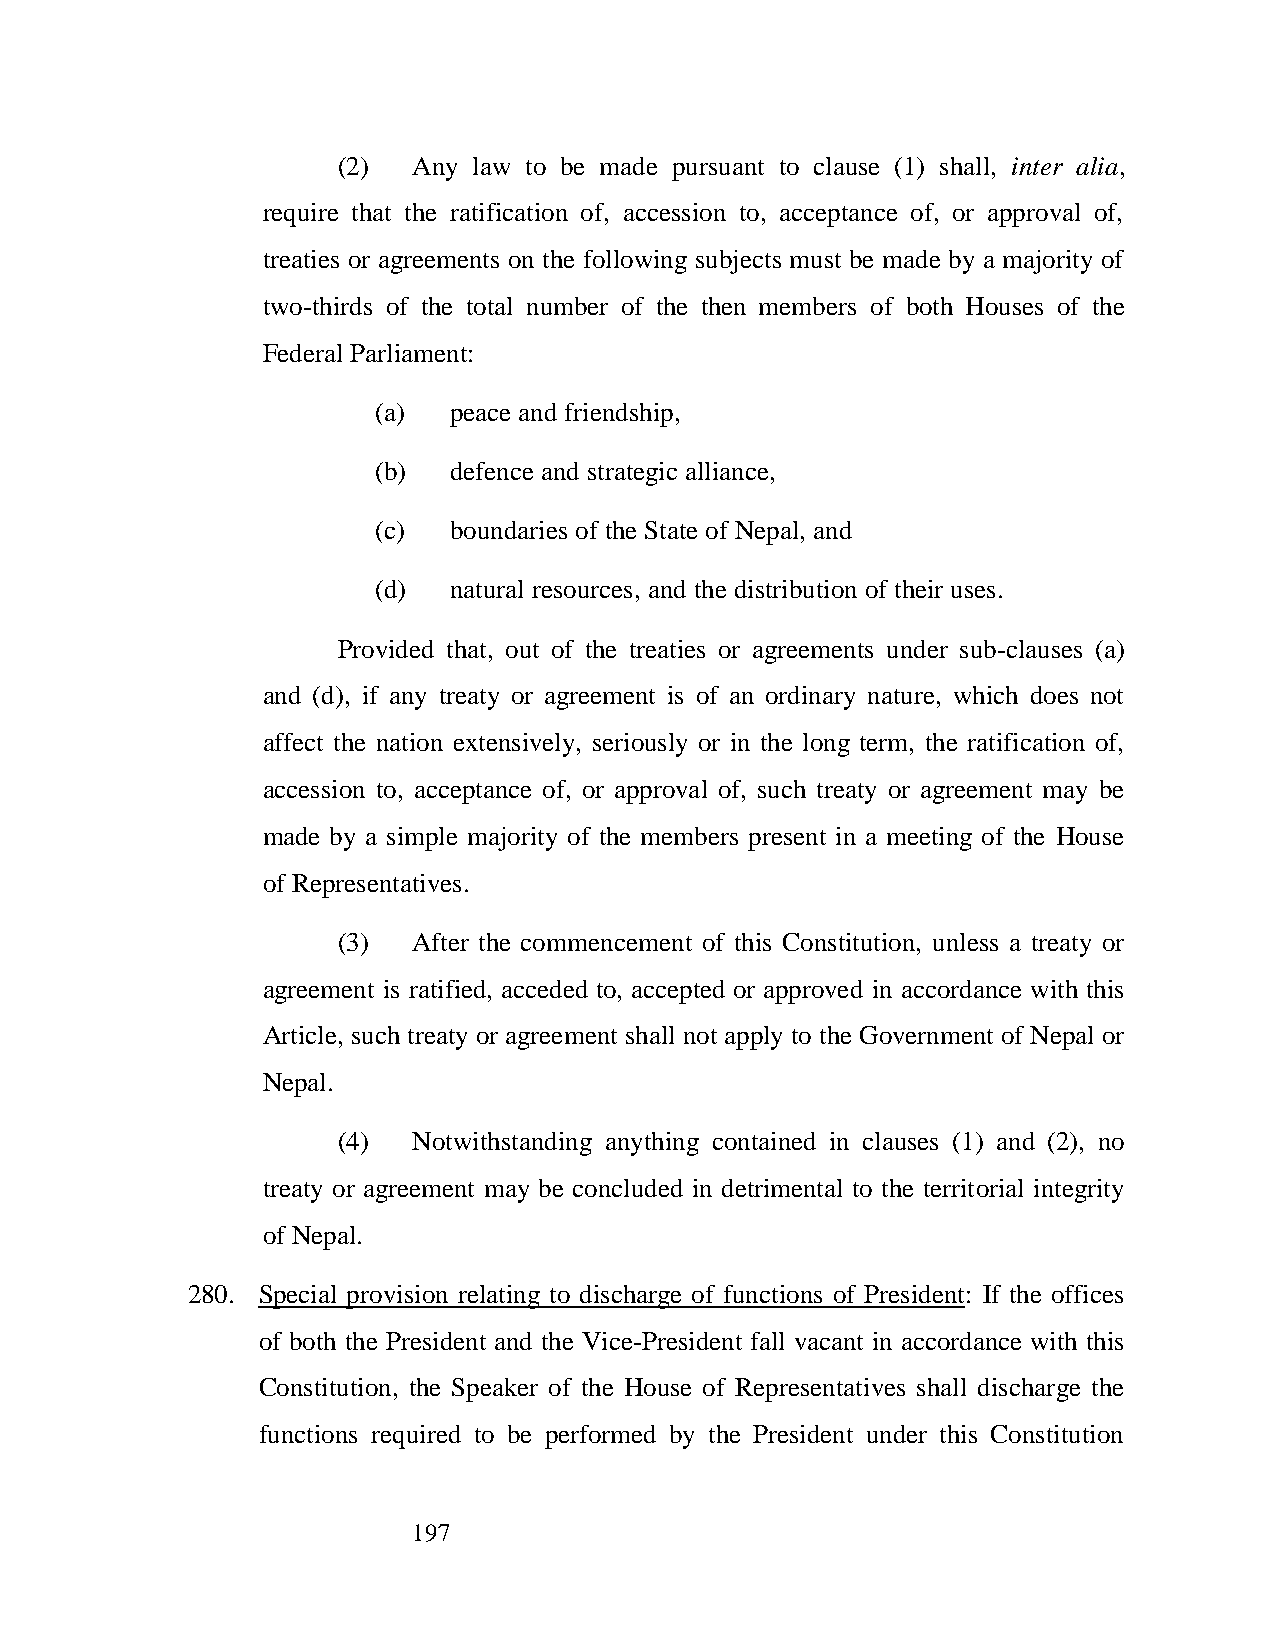
(2)  Any law to be made pursuant to clause (1) shall, inter alia,
 require that the ratification of, accession to, acceptance of, or approval of,
 treaties or agreements on the following subjects must be made by a majority of
 two-thirds of the total number of the then members of both Houses of the
 Federal Parliament:
 (a)  peace and friendship,
 (b)  defence and strategic alliance,
 (c)  boundaries of the State of Nepal, and
 (d)  natural resources, and the distribution of their uses.
 Provided that, out of the treaties or agreements under sub-clauses (a)
 and (d), if any treaty or agreement is of an ordinary nature, which does not
 affect the nation extensively, seriously or in the long term, the ratification of,
 accession to, acceptance of, or approval of, such treaty or agreement may be
 made by a simple majority of the members present in a meeting of the House
 of Representatives.
 (3)  After the commencement of this Constitution, unless a treaty or
 agreement is ratified, acceded to, accepted or approved in accordance with this
 Article, such treaty or agreement shall not apply to the Government of Nepal or
 Nepal.
 (4)  Notwithstanding anything contained in clauses (1) and (2), no
 treaty or agreement may be concluded in detrimental to the territorial integrity
 of Nepal.
 280. Special provision relating to discharge of functions of President: If the offices
 of both the President and the Vice-President fall vacant in accordance with this
 Constitution, the Speaker of the House of Representatives shall discharge the
 functions required to be performed by the President under this Constitution
 197